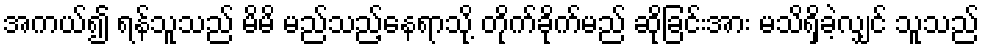
အကယ်၍ ရန်သူသည် မိမိ မည်သည့်နေရာသို့ တိုက်ခိုက်မည် ဆိုခြင်းအား မသိရှိခဲ့လျှင် သူသည်